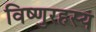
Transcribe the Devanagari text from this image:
विष्णुरहस्य